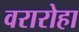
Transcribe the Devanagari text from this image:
वरारोहा